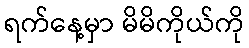
ရက်နေ့မှာ မိမိကိုယ်ကို